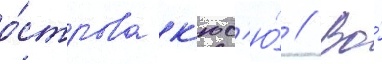
о́строва к'юс'ю́ // Во́